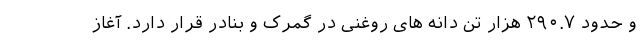
و حدود ۲۹۰.۷ هزار تن دانه های روغنی در گمرک و بنادر قرار دارد. آغاز